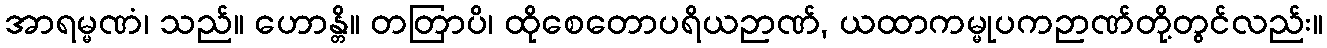
အာရမ္မဏံ၊ သည်။ ဟောန္တိ။ တတြာပိ၊ ထိုစေတောပရိယဉာဏ်, ယထာကမ္မုပကဉာဏ်တို့တွင်လည်း။